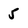
Character: 5